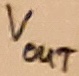
Text: VOUT